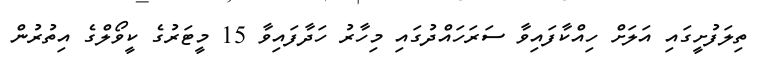
ތިލަފުށީގައި އަލަށް ހިއްކާފައިވާ ސަރަހައްދުގައި މިހާރު ހަދާފައިވާ 15 މީޓަރުގެ ކީވޯލްގެ އިތުރުން